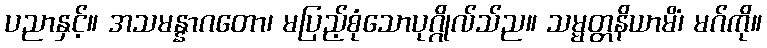
ပညာနှင့်။ အသမန္နာဂတော၊ မပြည့်စုံသောပုဂ္ဂိုလ်သ်ည။ သမ္မတ္တနိယာမိံ၊ မဂ်ကို။